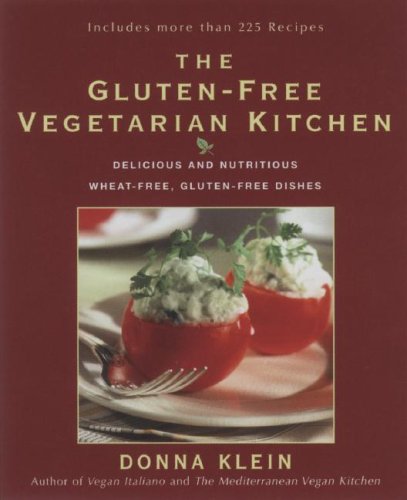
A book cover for The Gluten-Free Vegetarian Kitchen: Delicious and Nutritious Wheat-Free, Gluten-Free Dishes; Donna Klein; Cookbooks, Food & Wine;